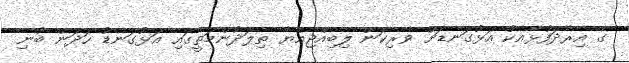
ގެ އިރާދަފުޅާއެކު އަޅުގަނޑަށް ވެރިކަން ލިބިއްޖިއްޔާ ތިލަދުންމަތީގައި އަޅުގަނޑު ހަދަން ބުނި